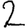
Digit: 2